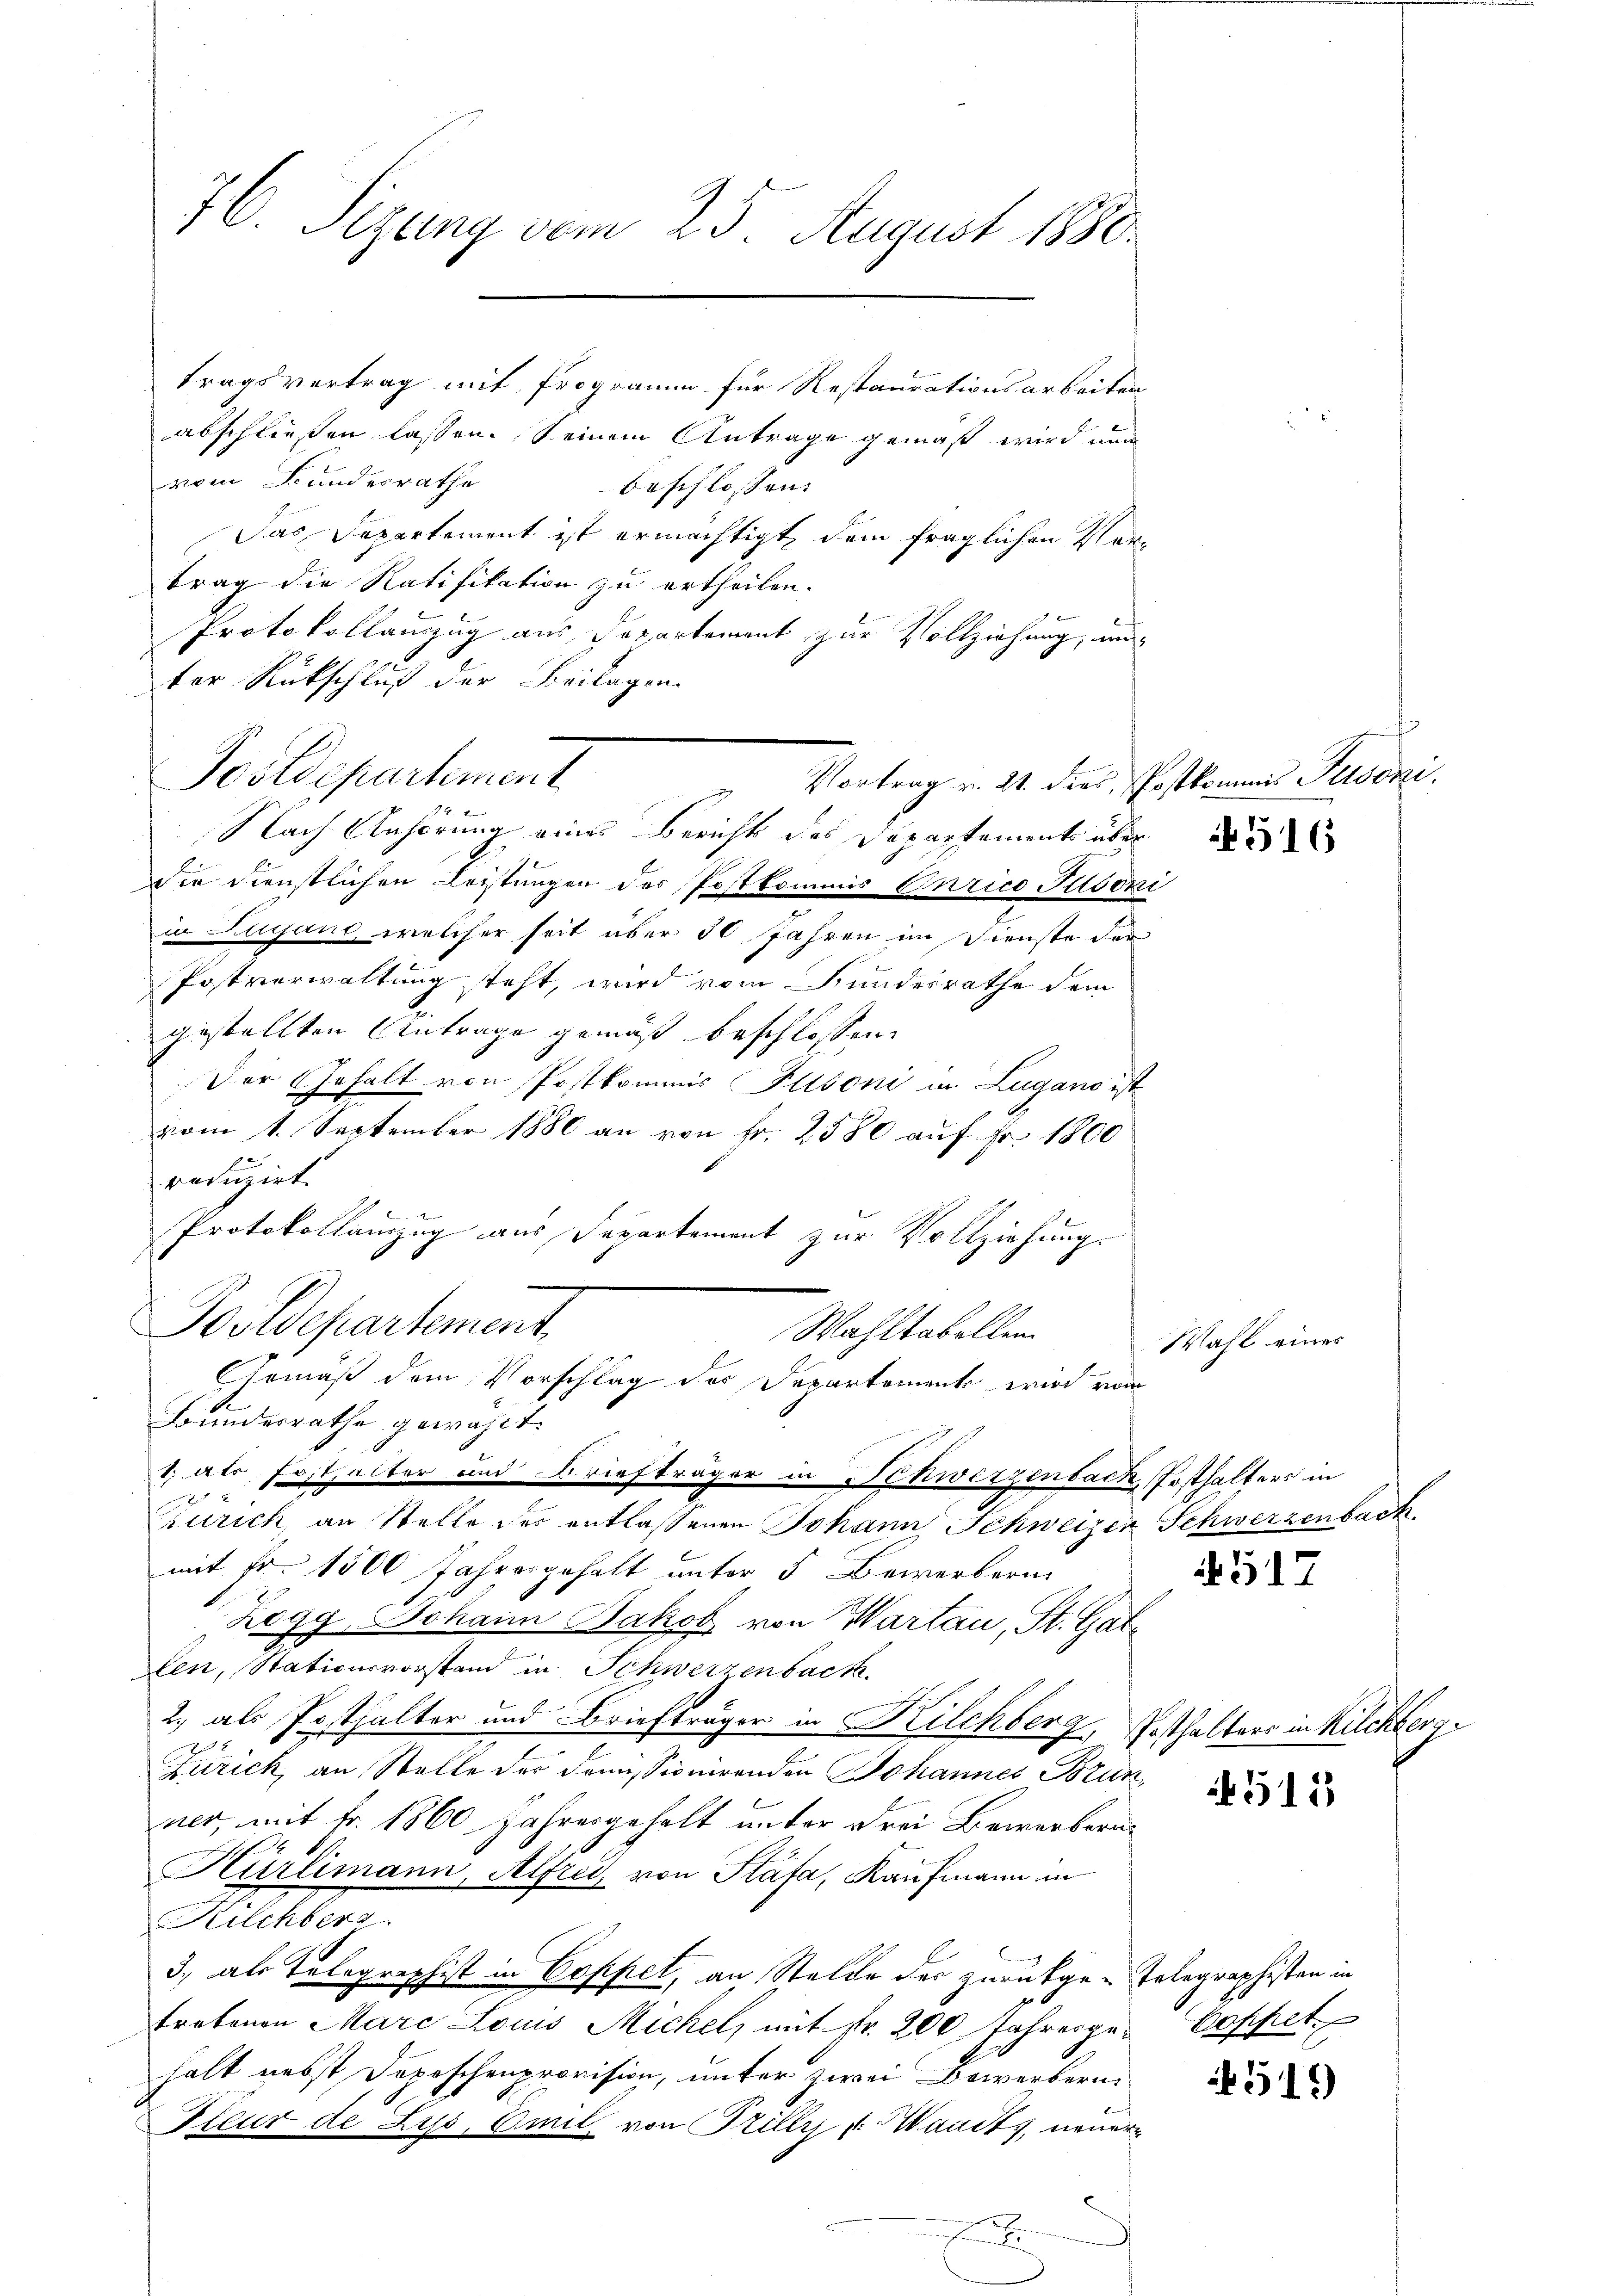
76. Sizung vom 25. August 1880.

tragsvertrag mit Programm für Restaurationsarbeiten
abschließen lassen. Seinem Antrage gemäß wird nun
vom Bundesrathe
beschlossen:
Das Departement ist ermächtigt, dem fraglichen Vortrag die Ratifikation zu ertheilen.
Protokollanzug aus Departement zur Vollziehung, und
ter Rückschluß der Beilagen.
Postdepartement
Vortrag v. 21. dies, Postkommen Personi.
2
Nach Anhörung eines Berichts des Departements über
Die Dienstlichen Leistungen des Postkommis Curico Jlsoni
in Lugane, welcher seit über 50 Jahren im Dienste der
Postverwaltung steht, wird vom Hundesrathe dem
gestellten Antrage gemäß beschlossen:
Der Gehalt von Postkommis Plisoni in Lugano ist
vom 1. September 1880 an von Fr. 2580 auf Fr. 1800
reduzirt.
Protokollamzug aus Departement zur Vollziehungs¬
Postdepartement
Wahltabellen
Gemäß dem Vorschlag des Departemente wird von
Bundesrathe gewählt.
1 als Fost, alter und Briefträger in Schwerzenbach, Posthalters in
Zürich, an Stelle der entlassenen Johann Schweizer Schwerzenbach
mit Fr. 1500 Jahresgehalt unter 5 Bewerberin
Zogg, Johann Jakob von Wartau, St. Gallen, Stationsvorstand in Schwerzenbach.
2.) als Posthalter und Briefträger in Kilchberg, Posthalters in Kilchberge
Zürich, an Stelle des draussionirenden Johannes Brun
ner, mit Fr. 1860 Jahresgehalt unter drei Bewerbern¬
Hürlimann, Alfred von Stäfa, Kaufmann im
Kilchberg.
3., als Telegraphist in Coppet, an Stalde der zurückge-Telegraphisten in
tretenen Marc Louis Michel, mit fr. 200 Jahresge- Coppet
halt nebst Depeschenprovision, unter zwei Bewerbern
Fleur de Lys, Emil von Trilly v. Waadt, neuer

516

Wahl eines

517

511

519)